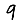
Digit: 9